system: You are a helpful assistant.
user:
Analyze the provided spectrum to determine if it is a **S-type Star**.

- **Key Indicators for S-type Star:**

    - **(Overall Spectrum Shape):** The first and most obvious characteristic is the overall continuum (the "baseline" shape). It is **extremely "red-sloping,"** meaning the flux (light intensity) is very low on the left side (blue, ~4000-4500 Å) and rises steeply and continuously toward the right side (red, ~7000 Å+).

    - **(Primary):** The spectrum is defined by the presence of strong, broad molecular absorption "valleys" (bands) from **Zirconium Oxide (ZrO)**. The identification of these bands is the **primary requirement** for classifying a star as S-type.
        - **(Key Bandheads):** You must find distinct, deep "dips" where the light has been absorbed. The most critical band systems to locate are:
            - **~6474 Å** ($\gamma$-system): This is often the strongest and clearest ZrO feature, found in the red part of the spectrum.
            - **~5718 Å** & **~5551 Å** ($\beta$-system): A pair of prominent absorption features in the yellow-orange part of the spectrum.
            - **~4640 Å** ($\alpha$-system): A key absorption band system in the blue-green region of the spectrum.

    - **(Secondary Confirmation):** The classification is strengthened by finding additional absorption bands from other related heavy element oxides, which are expected to be present alongside ZrO.
        - **(Key Bandheads):**
            - **Yttrium Oxide (YO):** Look for absorption dips near **~4800 Å** and **~6100 Å**.
            - **Lanthanum Oxide (LaO):** Additional absorption features, particularly in the red-orange part of the spectrum, are also characteristic.

    - **(Line Profile):** The combination of the steep red continuum and these numerous, deep molecular bands (ZrO, YO, etc.) gives the entire spectrum a very **"chopped-up"** or **"bumpy"** appearance. Instead of a smooth curve, the spectrum looks as though large, wide chunks of light have been "carved out" of it at the specific wavelengths listed above.

Think first, call **spectral_visualization_tool** if needed to examine features in detail, then provide your final answer. Your response must adhere to the following strict rules:
1.  **Overall Structure:** Your response must follow the format `<think>...</think> <tool_call>...</tool_call> (if a tool is used) <answer>...</answer>`.
2.  **Tool Usage Constraint:** You may only make **one** tool call per turn.
3.  **Final Answer Format:** In the `<answer>` tag, your conclusion must be inside a `\boxed{}` command (e.g., `\boxed{YES}` or `\boxed{NO}`), followed by your justification.

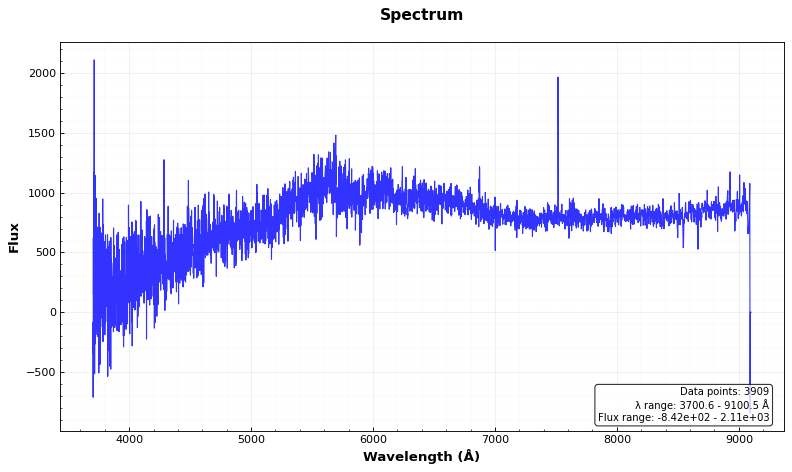
Answer: NO